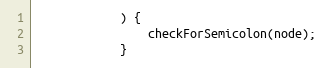
Language: JavaScript
            ) {
                checkForSemicolon(node);
            }